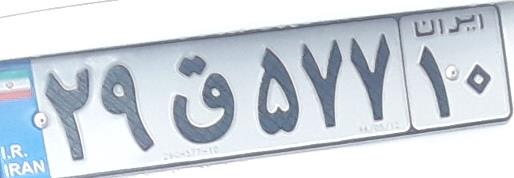
۲۹ق۵۷۷۱۰